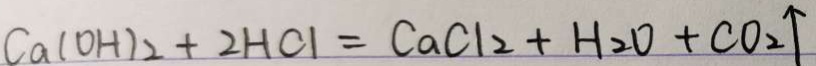
C a ( O H ) _ { 2 } + 2 H C l = C a C l _ { 2 } + H _ { 2 } O + C O _ { 2 } \uparrow